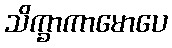
သိက္ခာကာမောပေ